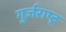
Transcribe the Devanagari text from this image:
गुर्जराष्ट्र